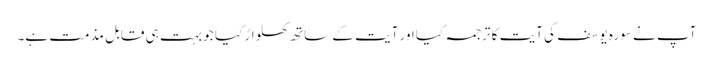
آپ نے سورہ یوسف کی آیت کا ترجمہ کیا اور آیت کے ساتھ کھلواڑ کیا جو بہت ہی قابل مذمت ہے۔